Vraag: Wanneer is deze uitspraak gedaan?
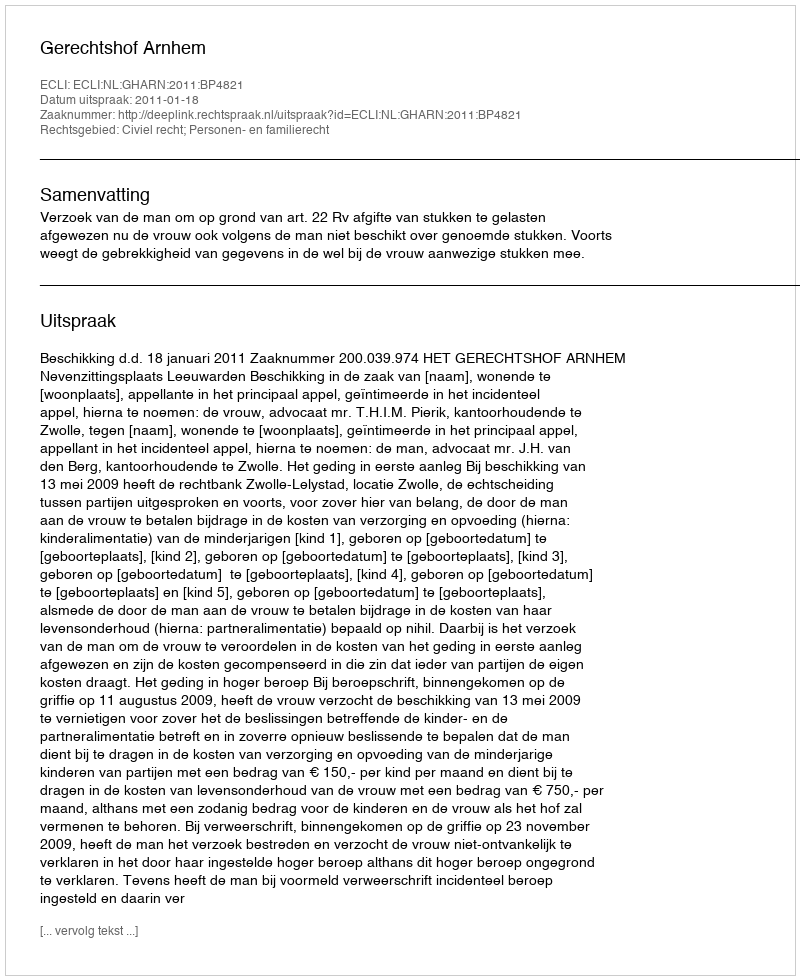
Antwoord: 2011-01-18